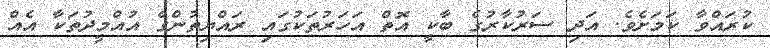
ކުރައްވާ ކަމަށެވެ. އަދި ސަރުކާރުގެ ބާކީ އޮތް އަހަރުތަކުގައި ރައްޔިތުންގެ އުއްމީދުތަކާ އެއް